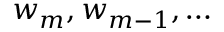
w _ { m } , w _ { m - 1 } , \ldots